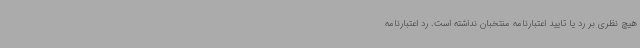
هیچ نظری بر رد یا تایید اعتبارنامه منتخبان نداشته است. رد اعتبارنامه